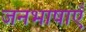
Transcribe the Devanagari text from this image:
जनभाषाएँ